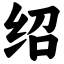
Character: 绍